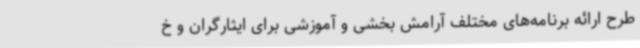
طرح ارائه برنامه‌های مختلف آرامش بخشی و آموزشی برای ایثارگران و خ